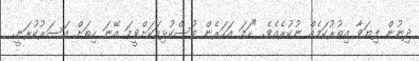
ދިނުން ފިޔަވާ އިތުރުކަމެއް ނުކުރެއެވެ. "ހަމަ އަހަރެން މުސްކުޅިއަކަށްވީމަ އޭނަ ހިތަށް އަސަރުކުރަނީ.